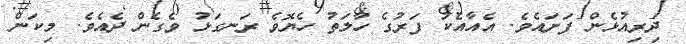
ދިރިއުޅެން ފަށައެވެ. އެއާއެކު ފަރުގެ ހާލަތު ހެޔޮވެ ރަނގަޅު ވެގެން ދެއެވެ. މިކަން